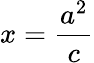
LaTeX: x={\frac{a^{2}}{c}}